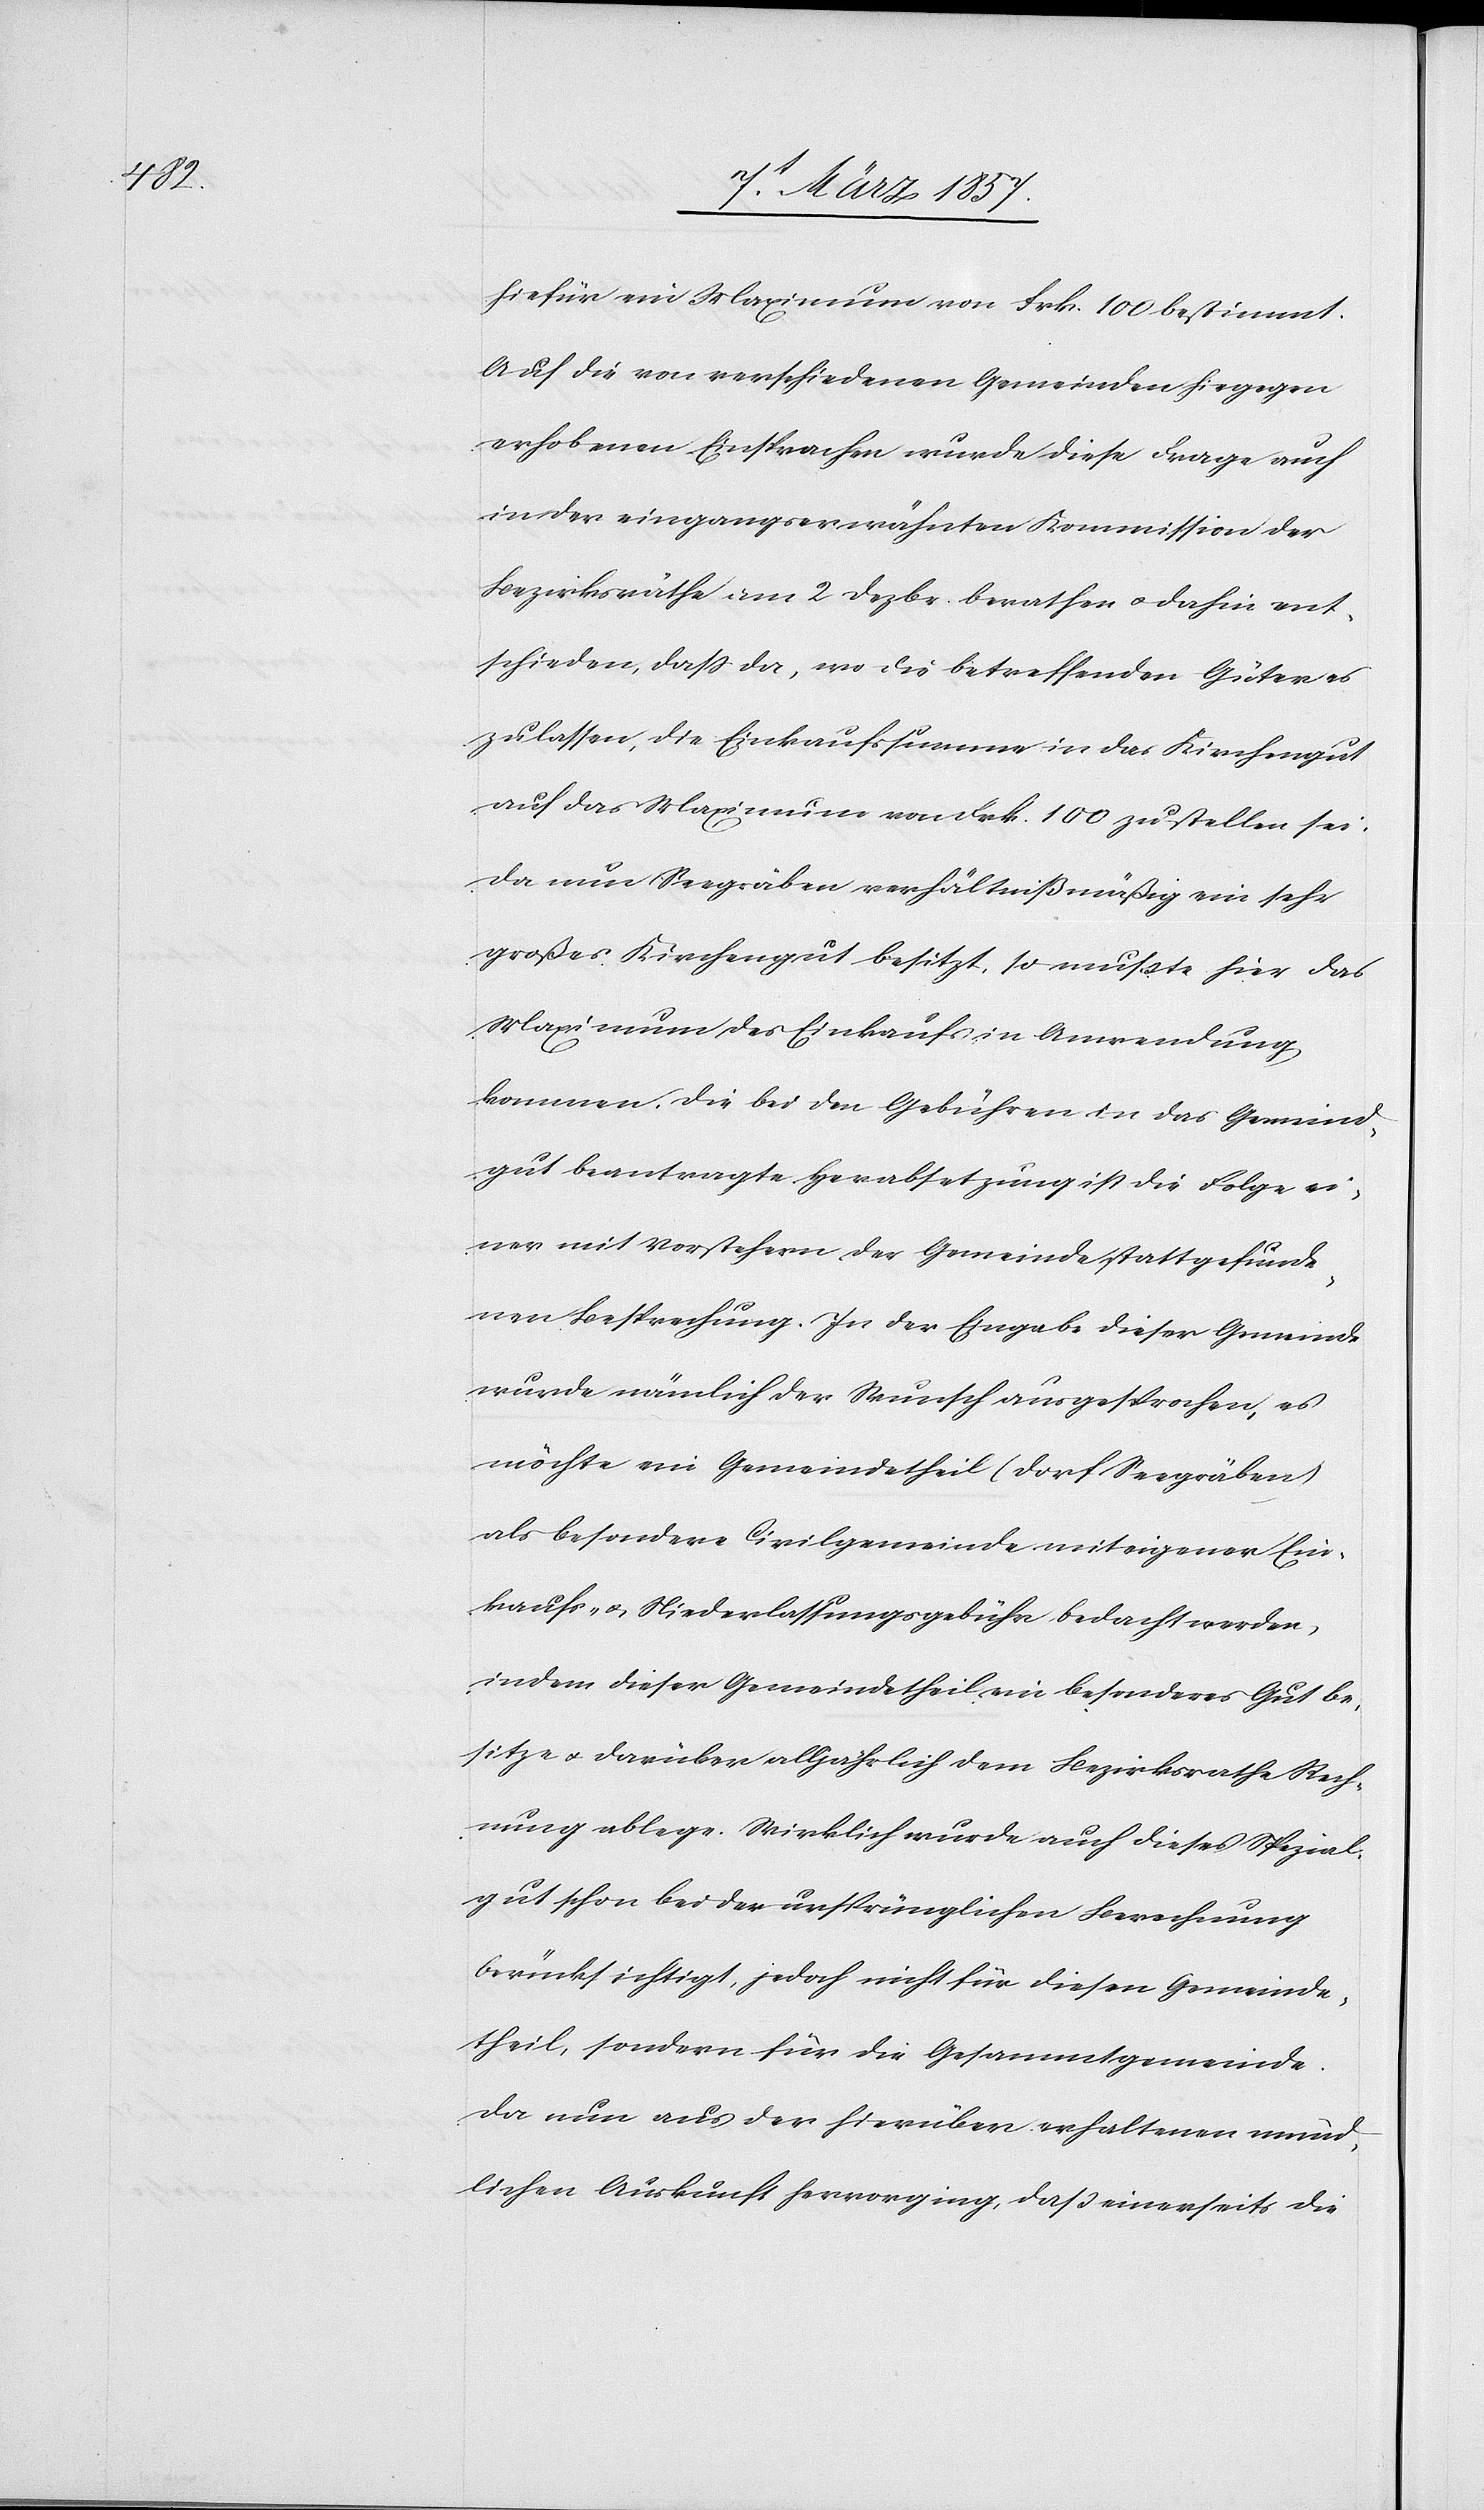
hiefür ein Maximum von Frk. 100 bestimmt.
Auf die von verschiedenen Gemeinden hiegegen
erhobenen Einsprachen wurde diese Frage auch
in der eingangserwähnten Kommission der
Bezirksräthe am 2 Dezbr. berathen u. dahin ent¬
schieden, daß da, wo die betreffenden Güter es
zulassen, die Einkaufssumme in das Kirchengut
auf das Maximum von Frk. 100 zu stellen sei.
Da nun Seegräben verhältnißmäßig ein sehr
großes Kirchengut besitzt, so mußte hier das
Maximum des Einkaufs in Anwendung
kommen. Die bei den Gebühren in das Gemeind¬
gut beantragte Herabsetzung ist die Folge ei¬
ner mit Vorstehern der Gemeinde stattgefunde¬
nen Besprechung. In der Eingabe dieser Gemeinde
wurde nämlich der Wunsch ausgesprochen, es
möchte ein Gemeindetheil (Dorf Seegräben)
als besondere Civilgemeinde mit eigener Ein¬
kaufs- u. Niederlassungsgebühr bedacht werden,
indem dieser Gemeindetheil ein besonderes Gut be¬
sitze u. darüber alljährlich dem Bezirksrathe Rech¬
nung ablege. Wirklich wurde auch dieses Spezial¬
gut schon bei der ursprünglichen Berechnung
berücksichtigt, jedoch nicht für diesen Gemeinde¬
theil, sondern für die Gesammtgemeinde.
Da nun aus der hierüber erhaltenen münd¬
lichen Auskunft hervorging, daß einerseits die